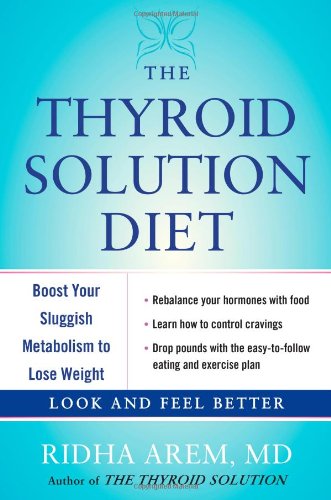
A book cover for The Thyroid Solution Diet: Boost Your Sluggish Metabolism to Lose Weight; Ridha Arem; Health, Fitness & Dieting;